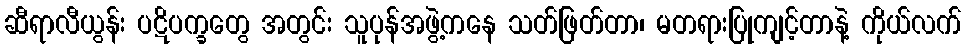
ဆီရာလီယွန်း ပဋိပက္ခတွေ အတွင်း သူပုန်အဖွဲ့ကနေ သတ်ဖြတ်တာ၊ မတရားပြုကျင့်တာနဲ့ ကိုယ်လက်